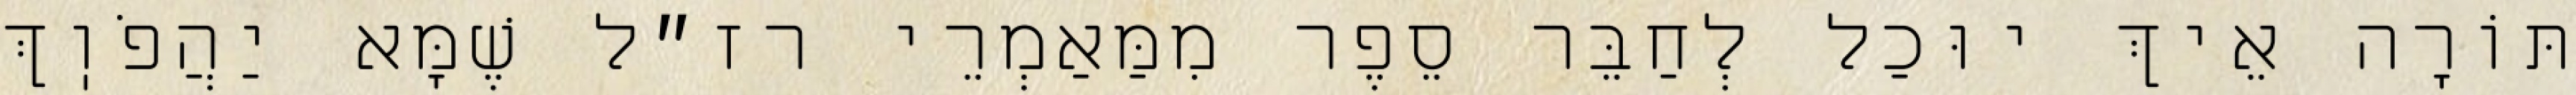
תּוֹרָה אֵיךְ יוּכַל לְחַבֵּר סֵפֶר מִמַּאַמְרֵי רז״ל שֶׁמָּא יַהֲפֹוֽךְ